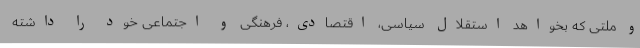
و ملتی که بخواهد استقلال سیاسی، اقتصادی، فرهنگی و اجتماعی خود را داشته